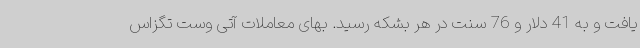
یافت و به 41 دلار و 76 سنت در هر بشکه رسید. بهای معاملات آتی وست تگزاس